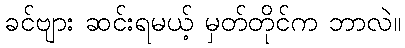
ခင်ဗျား ဆင်းရမယ့် မှတ်တိုင်က ဘာလဲ။